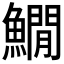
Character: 𩻘